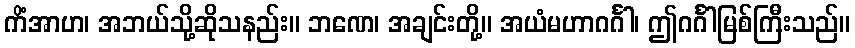
ကိံအာဟ၊ အဘယ်သို့ဆိုသနည်း။ ဘဏေ၊ အချင်းတို့။ အယံမဟာဂင်္ဂါ၊ ဤဂင်္ဂါမြစ်ကြီးသည်။